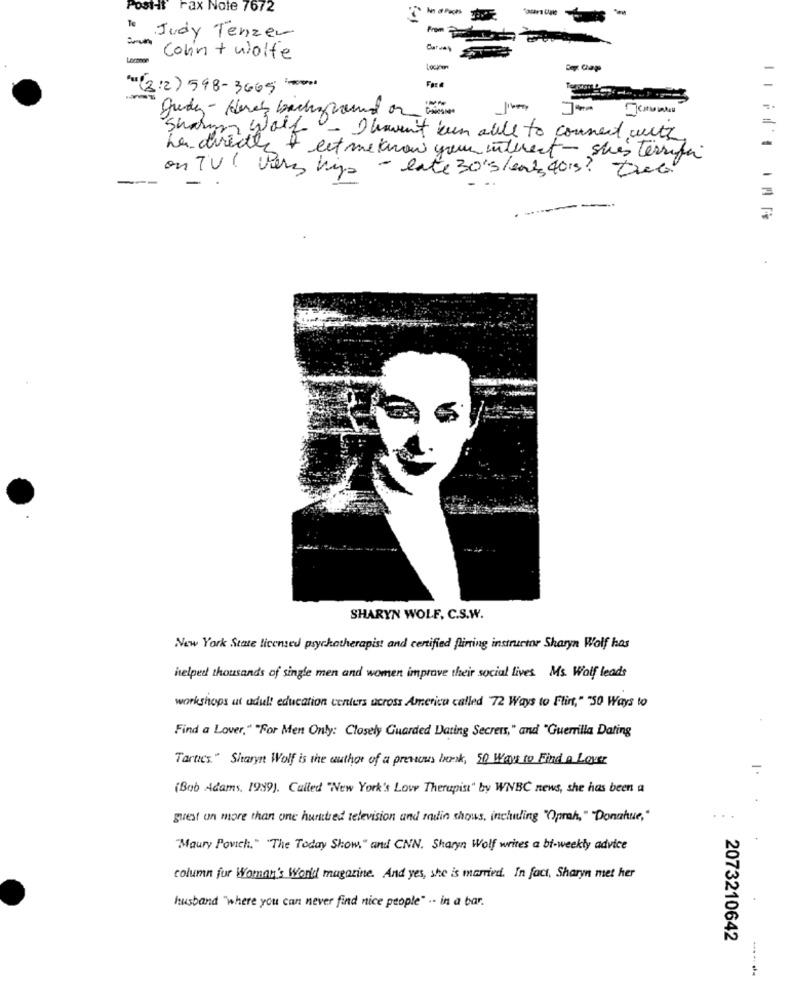
Post-it Fax Note 7672
· Judy Tenzer
Lerma
Colin + wolfe
Pu (312) 598-3665 -00
Sharm Wolf- I haven't kun alle to connect with
La directly + let meknow your interest - shes terrific
- late 30 5/ert 40's? true
-
on TV ( Verz hij
SHARYN WOLF, C.S.W.
New York State licensed psychotherapist and certified flirting instructor Sharyn Wolf has
helped thousands of single men and women improve their social lives. M. Wolf leads
workshops ut adult education centers across America called 72 Ways to Flint," "50 Ways to
Find a Lover," "For Men Only: Closely Guarded Dating Secrets," and "Guerrilla Dating
Tartics" Sharyn Wolf is the author of a previous bank, 50 Ways to Find a Lover
(Bob Adams, 1999). Called "New York's Love Therapist" by WNBC news, she has been a
guest on more than one hundred television and matin shows, including "Oprah, "Donahue,"
"Maury Povich." "The Today Show," and CNN. Sharyn Wolf writes a bi-weekly advice
column for Woman's World magazine. And yes, she is married. In fact, Sharyn met her
husband "where you can never find nice people" .. in a bar.
2073210642